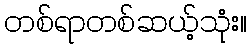
တစ်ရာတစ်ဆယ့်သုံး။